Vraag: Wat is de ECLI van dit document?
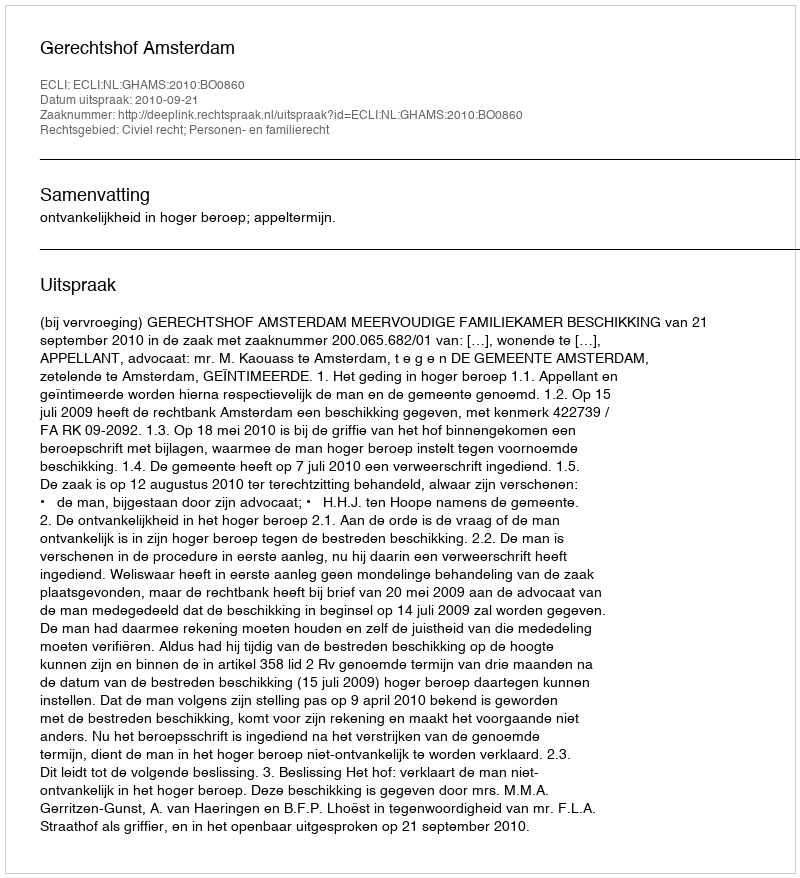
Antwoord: ECLI:NL:GHAMS:2010:BO0860